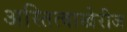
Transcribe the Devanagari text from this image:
अस्तित्वाखेरीज